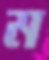
ম